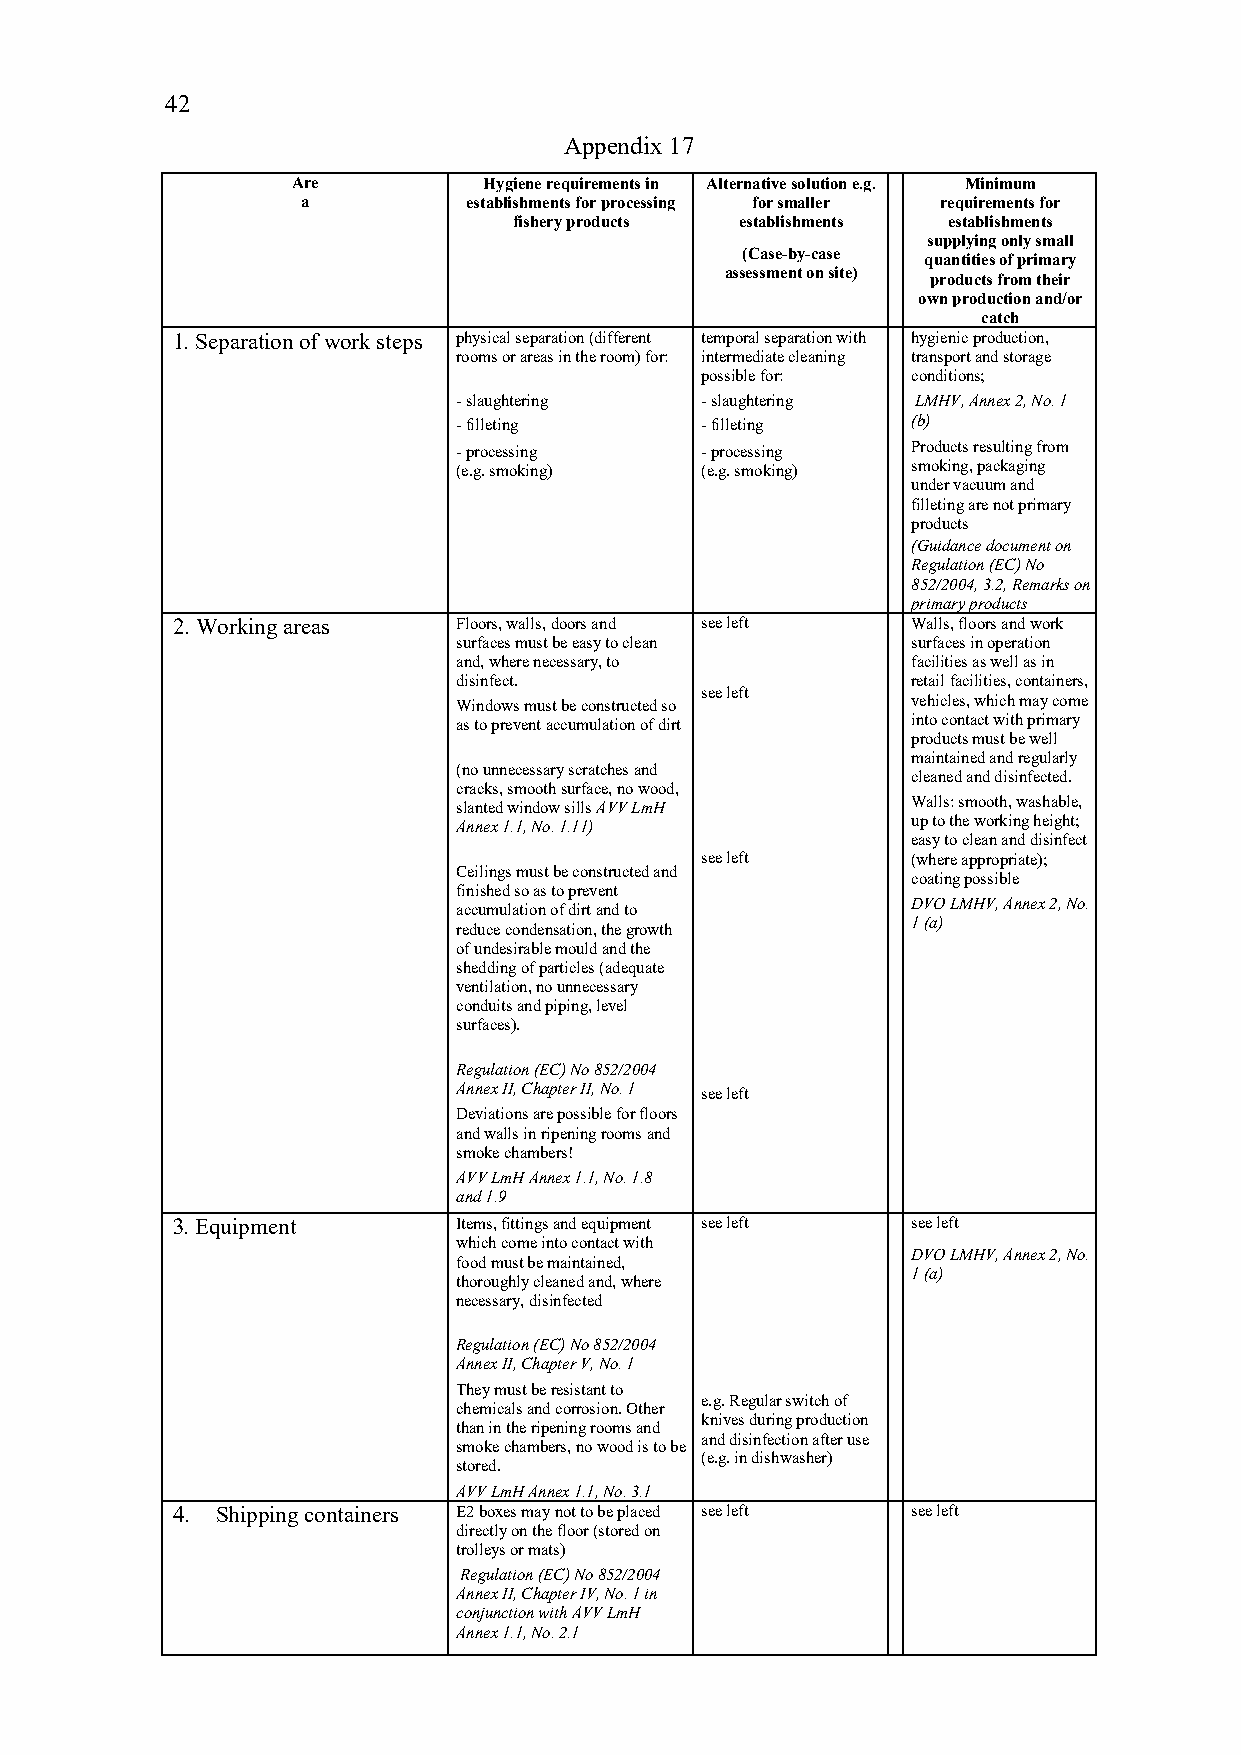
42
 Appendix 17
 Are          Hygiene requirements in Alternative solution e.g. Minimum
 a          establishments for processing for smaller requirements for
 fishery products establishments establishments
 supplying only small
 (Case-by-case
 quantities of primary
 assessment on site)
 products from their
 own production and/or
 catch
 1. Separation of work steps physical separation (different temporal separation with hygienic production,
 rooms or areas in the room) for: intermediate cleaning transport and storage
 possible for: conditions;
 - slaughtering  - slaughtering LMHV, Annex 2, No. 1
 - filleting     - filleting   (b)
 - processing    - processing  Products resulting from
 (e.g. smoking)  (e.g. smoking) smoking, packaging
 under vacuum and
 filleting are not primary
 products
 (Guidance document on
 Regulation (EC) No
 852/2004, 3.2, Remarks on
 primary products
 2. Working areas   Floors, walls, doors and see left Walls, floors and work
 surfaces must be easy to clean surfaces in operation
 and, where necessary, to      facilities as well as in
 disinfect.                    retail facilities, containers,
 see left
 Windows must be constructed so vehicles, which may come
 as to prevent accumulation of dirt into contact with primary
 products must be well
 maintained and regularly
 (no unnecessary scratches and
 cleaned and disinfected.
 cracks, smooth surface, no wood,
 Walls: smooth, washable,
 slanted window sills AVV LmH
 Annex 1.1, No. 1.11)          up to the working height;
 easy to clean and disinfect
 see left      (where appropriate);
 Ceilings must be constructed and
 coating possible
 finished so as to prevent
 accumulation of dirt and to   DVO LMHV, Annex 2, No.
 reduce condensation, the growth 1 (a)
 of undesirable mould and the
 shedding of particles (adequate
 ventilation, no unnecessary
 conduits and piping, level
 surfaces).
 Regulation (EC) No 852/2004
 Annex II, Chapter II, No. 1 see left
 Deviations are possible for floors
 and walls in ripening rooms and
 smoke chambers!
 AVV LmH Annex 1.1, No. 1.8
 and 1.9
 3. Equipment       Items, fittings and equipment see left see left
 which come into contact with
 DVO LMHV, Annex 2, No.
 food must be maintained,
 1 (a)
 thoroughly cleaned and, where
 necessary, disinfected
 Regulation (EC) No 852/2004
 Annex II, Chapter V, No. 1
 They must be resistant to
 e.g. Regular switch of
 chemicals and corrosion. Other
 knives during production
 than in the ripening rooms and
 and disinfection after use
 smoke chambers, no wood is to be
 (e.g. in dishwasher)
 stored.
 AVV LmH Annex 1.1, No. 3.1
 4. Shipping containers E2 boxes may not to be placed see left see left
 directly on the floor (stored on
 trolleys or mats)
 Regulation (EC) No 852/2004
 Annex II, Chapter IV, No. 1 in
 conjunction with AVV LmH
 Annex 1.1, No. 2.1